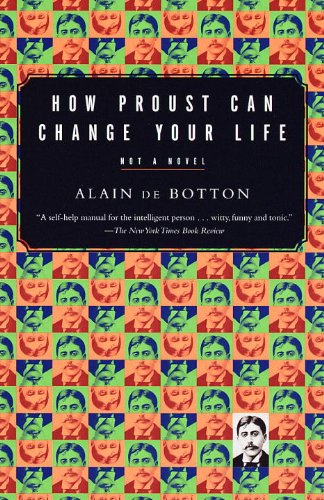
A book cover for How Proust Can Change Your Life; Alain De Botton; Humor & Entertainment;